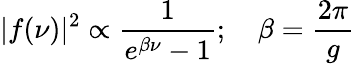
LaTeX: \vert f(\nu)\vert^{2}\propto{\frac{1}{e^{\beta\nu}-1}};\quad\beta={\frac{2\pi}{g}}